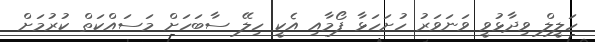
ހަލީލް ވިދާޅުވީ ވަނަވަރު ހުށަހަޅާ ފޯމާއި އެކީ ހިލޭ ސާބަހަށް މަސައްކަތް ކުރުމަށް